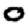
Digit: 0